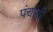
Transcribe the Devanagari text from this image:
पंचांशी